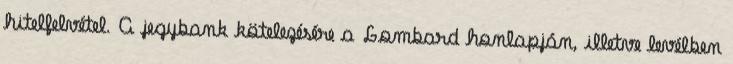
hitelfelvétel. A jegybank kötelezésére a Lombard honlapján, illetve levélben